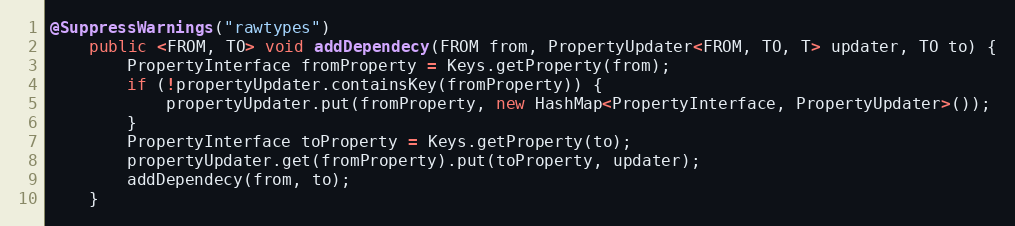
Language: Java
@SuppressWarnings("rawtypes")
	public <FROM, TO> void addDependecy(FROM from, PropertyUpdater<FROM, TO, T> updater, TO to) {
		PropertyInterface fromProperty = Keys.getProperty(from);
		if (!propertyUpdater.containsKey(fromProperty)) {
			propertyUpdater.put(fromProperty, new HashMap<PropertyInterface, PropertyUpdater>());
		}
		PropertyInterface toProperty = Keys.getProperty(to);
		propertyUpdater.get(fromProperty).put(toProperty, updater);
		addDependecy(from, to);
	}